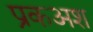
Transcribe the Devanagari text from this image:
प्रकअश